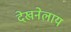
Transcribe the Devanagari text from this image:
देखनेलाय